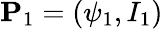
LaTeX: \mathbf{P}_{1}=(\psi_{1},I_{1})